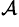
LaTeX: ^\mathcal{A}